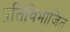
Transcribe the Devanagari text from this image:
प्रतिविभाजित